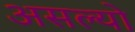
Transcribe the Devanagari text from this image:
असल्याे